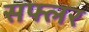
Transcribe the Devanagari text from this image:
सफ्लर